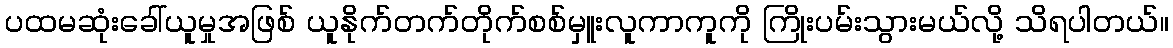
ပထမဆုံးခေါ်ယူမှုအဖြစ် ယူနိုက်တက်တိုက်စစ်မှူးလူကာကူကို ကြိုးပမ်းသွားမယ်လို့ သိရပါတယ်။